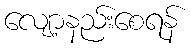
လျော့နည်းစေရန်